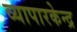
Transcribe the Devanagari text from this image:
व्यापारकेन्द्र